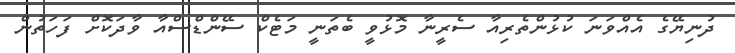
ދުނިޔޭގެ އެއްވަނަ ކުޅުންތެރިއާ ސެރީނާ މޮޅުވީ ބެތަނީ މަޓެކް ސޭންޑްސްއާ ވާދަކޮށް ފަހަތުން